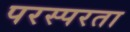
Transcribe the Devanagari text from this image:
परस्परता